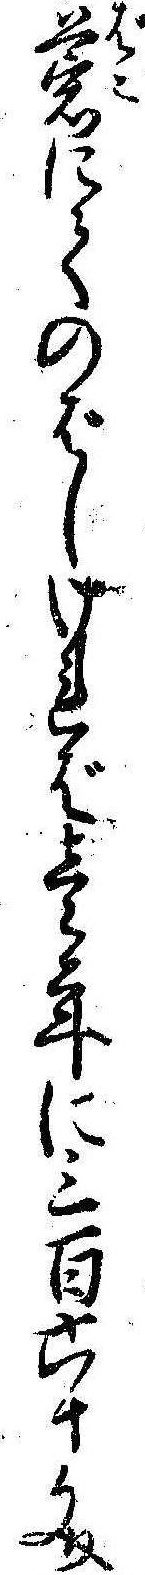
莨にてのばしければ壱年に三百六十文